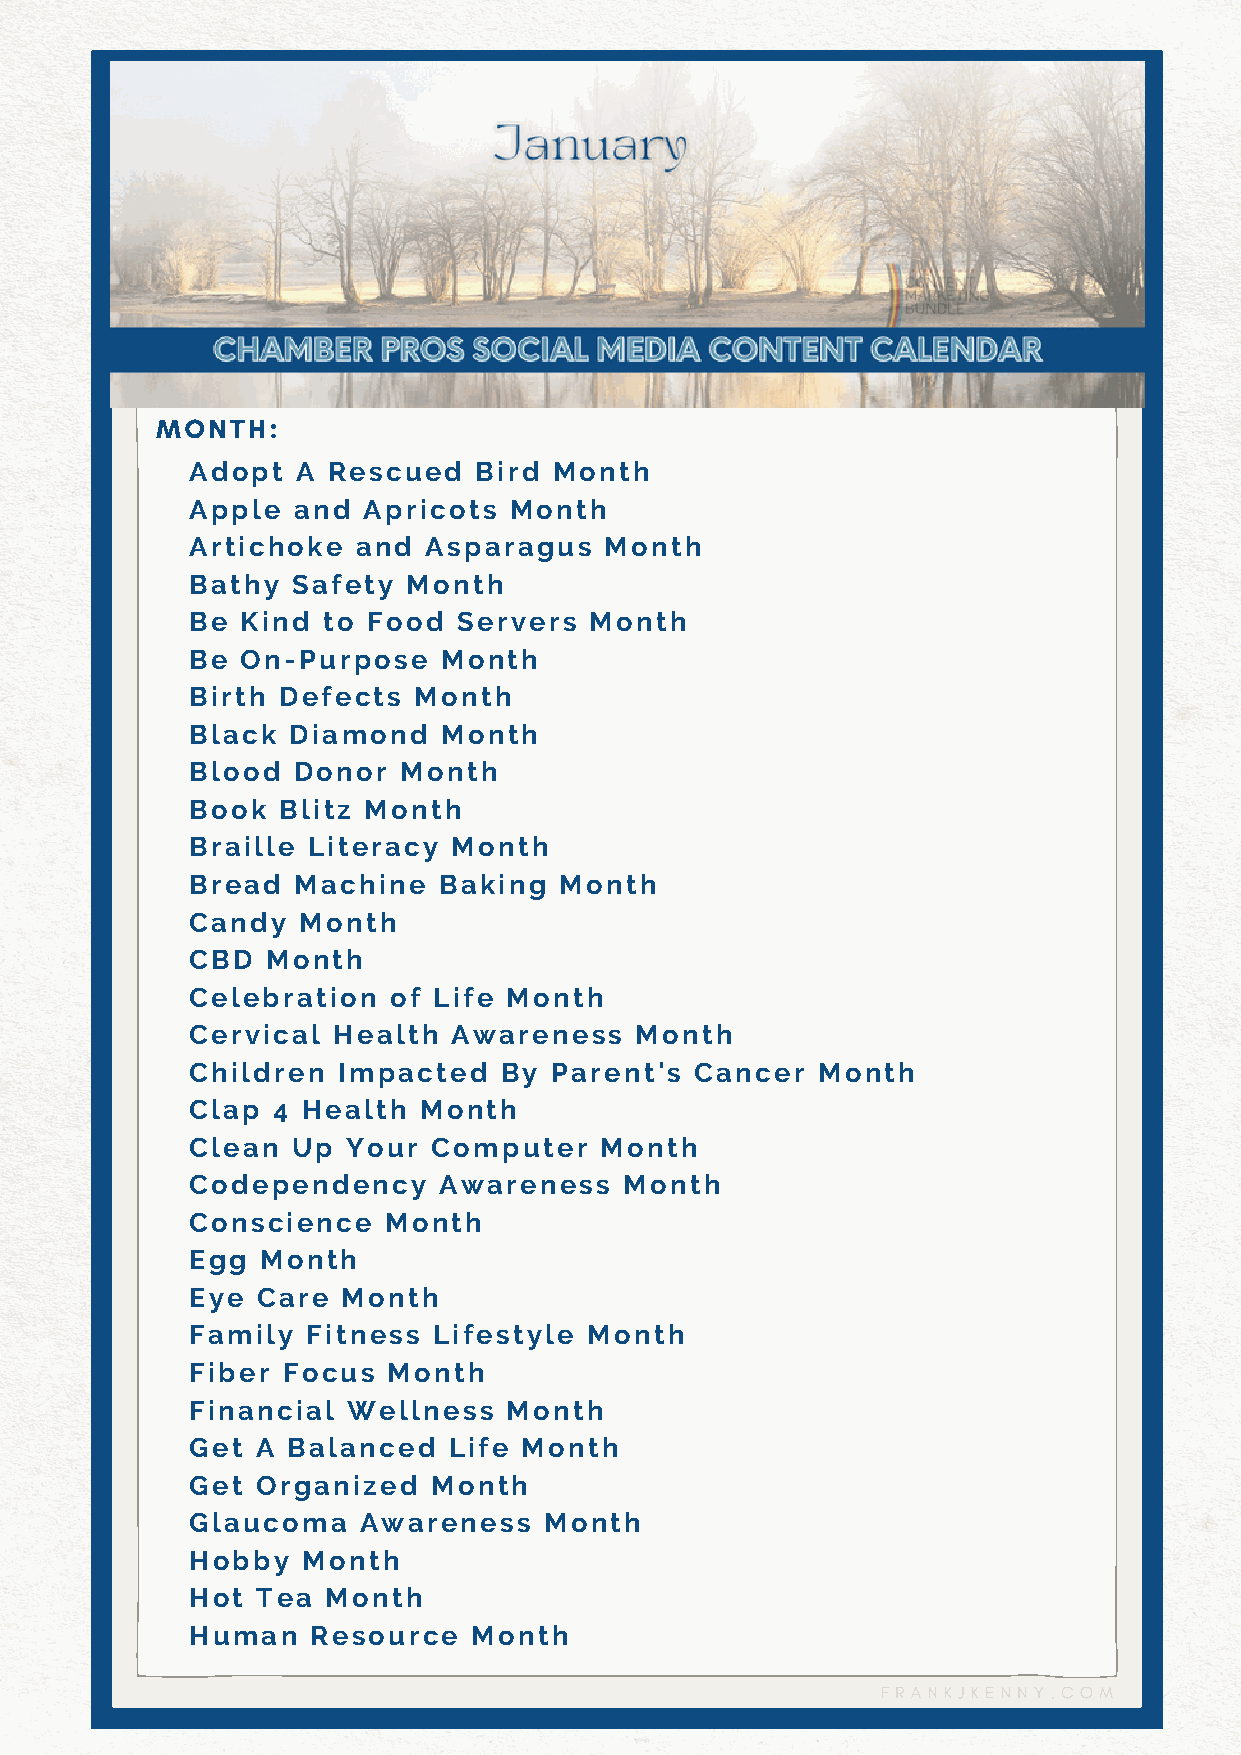
MONTH:
 Adopt  A Rescued  Bird  Month
 Apple and  Apricots  Month
 Artichoke  and Asparagus   Month
 Bathy Safety  Month
 Be Kind to Food  Servers  Month
 Be On-Purpose   Month
 Birth Defects Month
 Black Diamond   Month
 Blood Donor  Month
 Book Blitz Month
 Braille Literacy Month
 Bread Machine   Baking  Month
 Candy  Month
 CBD  Month
 Celebration  of Life Month
 Cervical Health  Awareness   Month
 Children Impacted   By Parent's  Cancer  Month
 Clap 4 Health  Month
 Clean Up  Your  Computer   Month
 Codependency    Awareness   Month
 Conscience  Month
 Egg Month
 Eye Care  Month
 Family Fitness  Lifestyle Month
 Fiber Focus  Month
 Financial Wellness   Month
 Get A Balanced   Life Month
 Get Organized   Month
 Glaucoma   Awareness   Month
 Hobby  Month
 Hot Tea  Month
 Human   Resource  Month
 FRANKJKENNY.COM